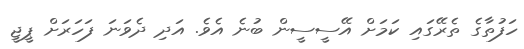
ހަފުތާގެ ތެރޭގައި ކަމަށް އޭސީސީން ބުނެ އެވެ. އަދި ދެވަނަ ފަހަރަށް ޕީޖީ